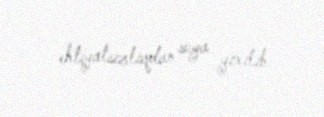
ehtiyatsızlıqdan suya yıxılıb.